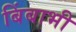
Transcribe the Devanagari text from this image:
बिंबाभी